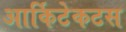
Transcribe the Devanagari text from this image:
आर्किटेकटस